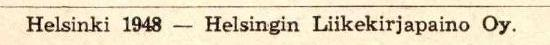
Helsinki 1948 - Helsingin Liikekirjapaino Oy.